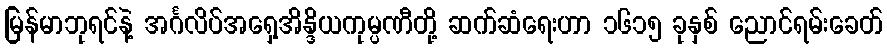
မြန်မာဘုရင်နဲ့ အင်္ဂလိပ်အရှေ့အိန္ဒိယကုမ္ပဏီတို့ ဆက်ဆံရေးဟာ ၁၆၁၅ ခုနှစ် ညောင်ရမ်းခေတ်